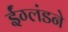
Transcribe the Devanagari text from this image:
ईंग्लंडने